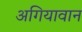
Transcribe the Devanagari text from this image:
अगियावान